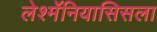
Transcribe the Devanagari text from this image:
लेश्मॅनियासिसला